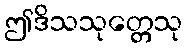
ဤဒိသသုတ္တေသု